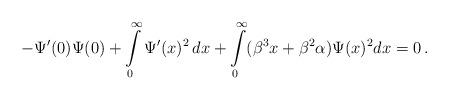
LaTeX: \begin{align*} - \Psi'(0) \Psi (0) + \int\limits_0^\infty \Psi'(x)^2 \, dx + \int\limits_0^\infty ( \beta^3 x + \beta^2 \alpha) \Psi(x)^2 dx = 0\, .\end{align*}